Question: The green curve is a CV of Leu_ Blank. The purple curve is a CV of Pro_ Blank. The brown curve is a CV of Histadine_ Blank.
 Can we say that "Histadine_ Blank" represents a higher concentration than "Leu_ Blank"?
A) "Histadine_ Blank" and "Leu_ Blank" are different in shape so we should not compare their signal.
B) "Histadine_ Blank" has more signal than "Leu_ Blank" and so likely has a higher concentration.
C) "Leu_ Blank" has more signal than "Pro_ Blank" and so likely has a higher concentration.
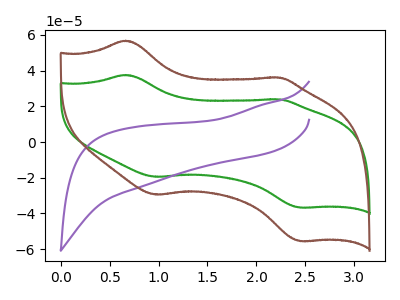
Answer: <think>The green curve "Leu_ Blank" has anodic peaks at (0.65V, 37.55uA) (2.20V, 23.90uA) and cathodic peaks at (0.95V, -19.50uA) (2.45V, -36.70uA). The purple curve "Pro_ Blank" has no peaks. The brown curve "Histadine_ Blank" has anodic peaks at (0.65V, 56.75uA) (2.20V, 36.10uA) and cathodic peaks at (0.95V, -29.45uA) (2.45V, -55.50uA).
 All the peaks in "Histadine_ Blank" have a peak in "Leu_ Blank" at the same potential. Every peak in "Histadine_ Blank" is higher than every peak in "Leu_ Blank".</think>
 <answer>B) "Histadine_ Blank" has more signal than "Leu_ Blank" and so likely has a higher concentration.</answer>
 <eval>B</eval>